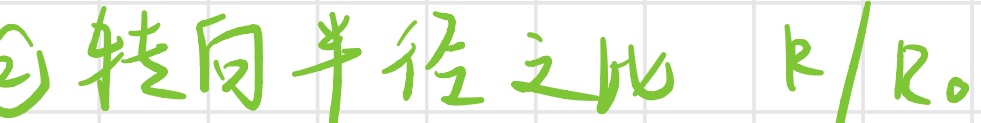
\textcircled{2} 转向半径之比 $R/R_0$